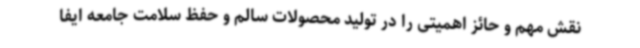
نقش مهم و حائز اهمیتی را در تولید محصولات سالم و حفظ سلامت جامعه ایفا